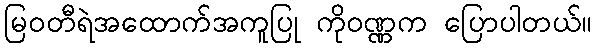
မြဝတီရဲအထောက်အကူပြု ကိုဝဏ္ဏက ပြောပါတယ်။